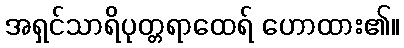
အရှင်သာရိပုတ္တရာထေရ် ဟောထား၏။